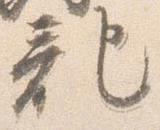
記